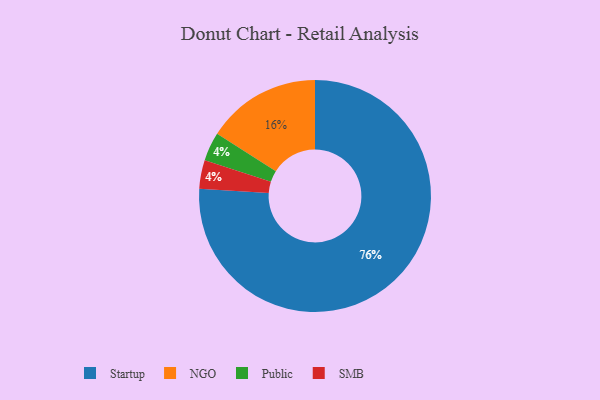
{"axis": {"x": "Category", "y": "Percentage"}, "legend": ["NGO", "Public", "SMB", "Startup"], "data": [{"x": "Public", "y": 4, "type": "Public"}, {"x": "SMB", "y": 4, "type": "SMB"}, {"x": "Startup", "y": 76, "type": "Startup"}, {"x": "NGO", "y": 16, "type": "NGO"}]}